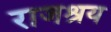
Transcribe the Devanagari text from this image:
राजश्रय